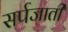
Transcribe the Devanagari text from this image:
सर्पजाती